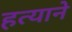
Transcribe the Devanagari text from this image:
हत्याने